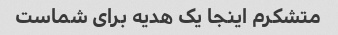
متشکرم اینجا یک هدیه برای شماست